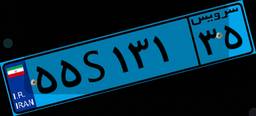
۵۵S۱۳۱۳۵